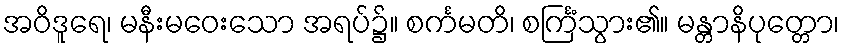
အဝိဒူရေ၊ မနီးမဝေးသော အရပ်၌။ စင်္ကမတိ၊ စင်္ကြံသွား၏။ မန္တာနိပုတ္တော၊